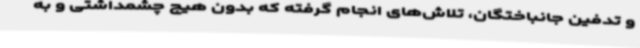
و تدفین جانباختگان، تلاش‌های انجام گرفته که بدون هیچ چشمداشتی و به